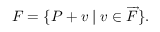
F = \{ P + v \mid v \in { \overrightarrow { F } } \} .